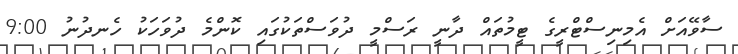
ސާވޭއަށް އެމިނިސްޓްރީގެ ޓީމުތައް ދާނީ ރަސްމީ ދުވަސްތަކުގައި ކޮންމެ ދުވަހަކު ހެނދުނު 9:00